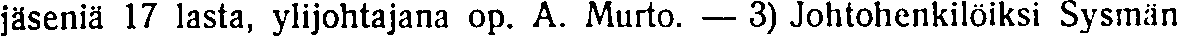
jäseniä 17 lasta, ylijohtajana op. A. Murto. — 3) Johtohenkilöiksi Sysmän